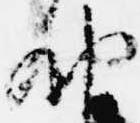
納